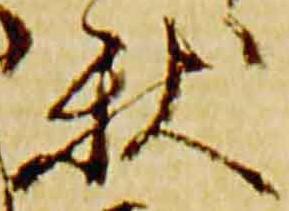
秋